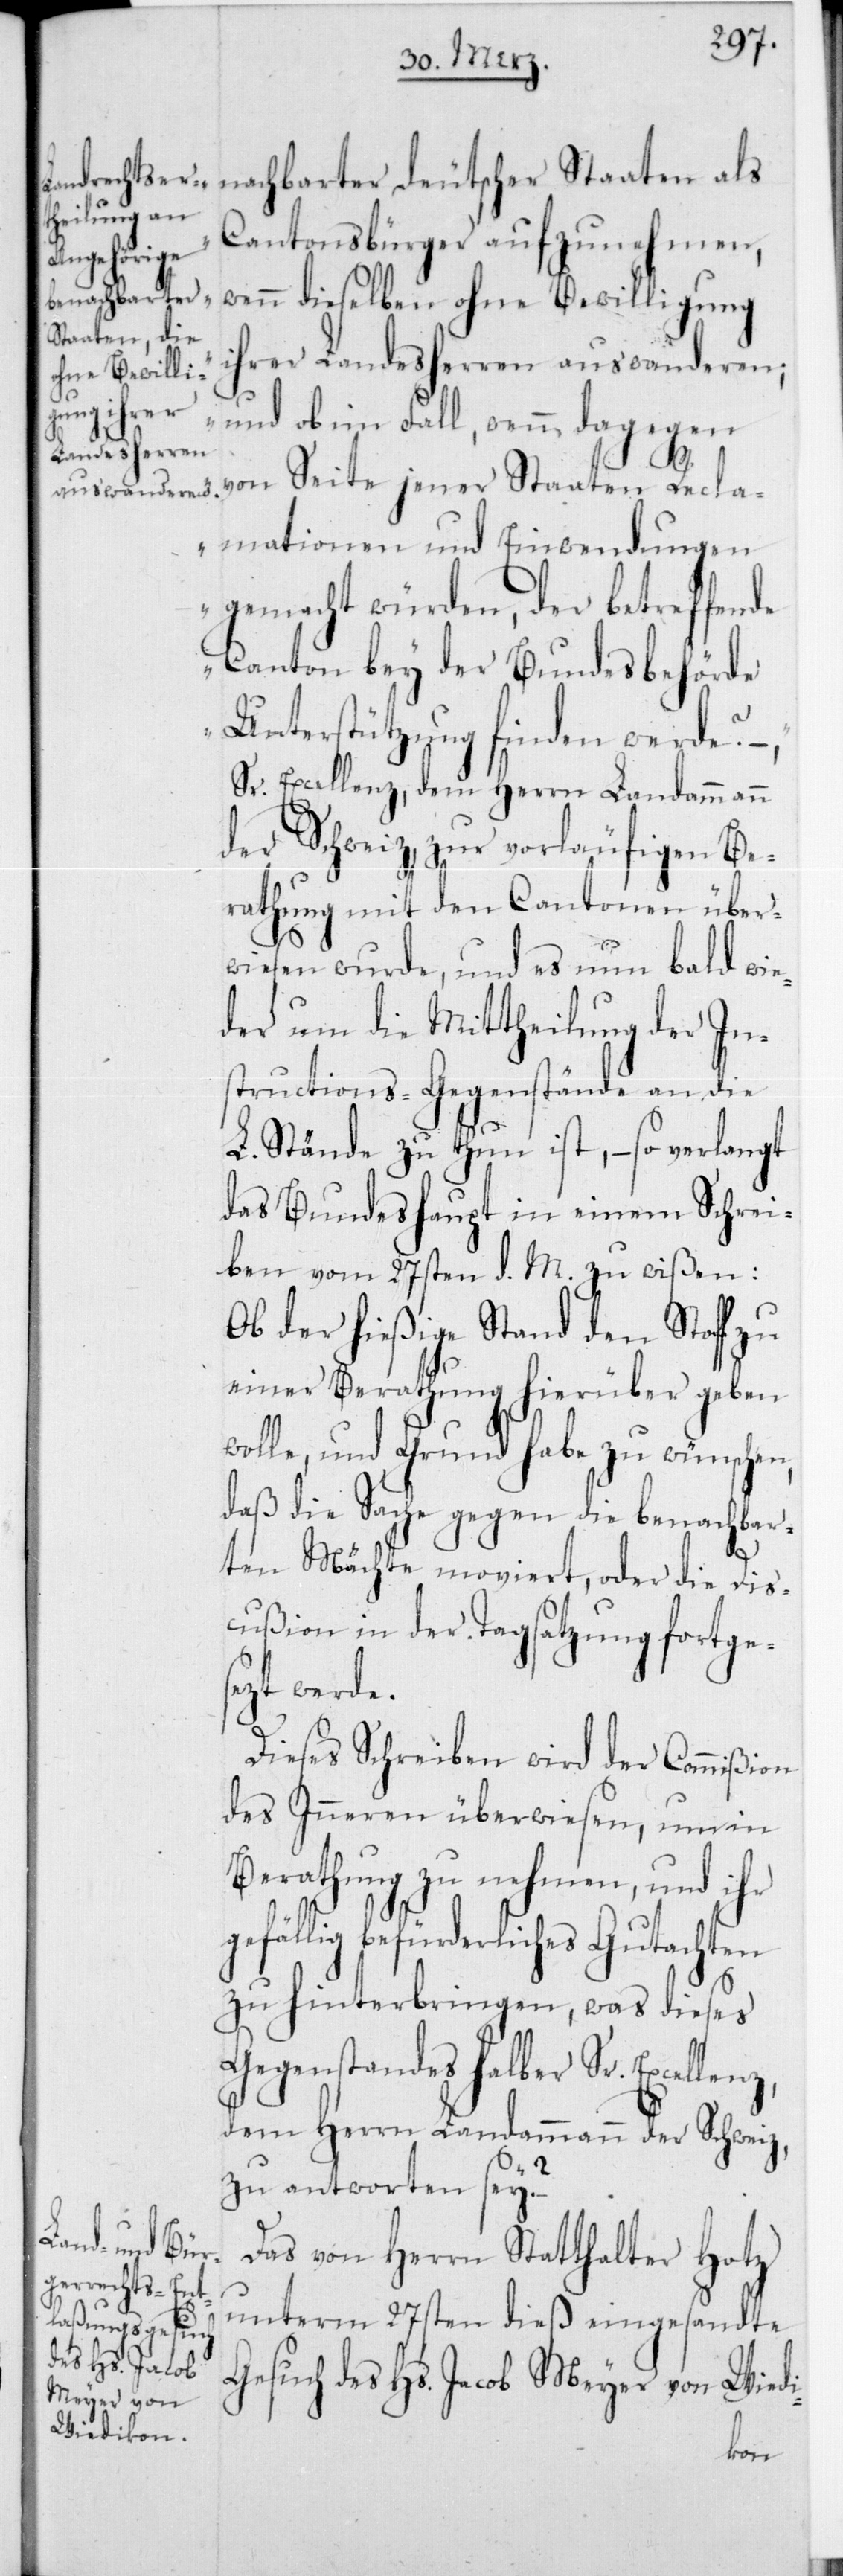
nachbarter deutscher Staaten als
Cantonsbürger aufzunehmen,
wenn dieselben ohne Bewilligung
ihrer Landesherren auswanderen;
und ob im Fall, wenn dagegen
von Seite jener Staaten Recla¬
mationen und Einwendungen
gemacht würden, der betreffende
Canton bey der Bundesbehörde
Unterstützung finden werde?“ –
Sr. Excellenz, dem Herrn Landammann
der Schweiz, zur vorläufigen Be¬
rathung mit den Cantonen über¬
wiesen wurde, und es nun bald wie¬
der um die Mittheilung der In¬
structions-Gegenstände an die
L. Stände zu thun ist, – so verlangt
das Bundeshaupt in einem Schrei¬
ben vom 27sten d. M. zu wißen:
Ob der hießige Stand den Stoff zu
einer Berathung hierüber geben
wolle, und Grund habe zu wünschen,
daß die Sache gegen die benachbar¬
ten Mächte moviert, oder die Dis¬
cußion in der Tagsatzung fortge¬
sezt werde.
Dieses Schreiben wird der Commißion
des Innern überwiesen, um in
Berathung zu nehmen, und ihr
gefällig befürderliches Gutachten
zu hinterbringen, was dieses
Gegenstandes halber Sr. Excellenz,
dem Herrn Landammann der Schweiz,
zu antworten sey?
Das von Herrn Statthalter Hotz
unterm 27sten dieß eingesandte
Gesuch des Hs. Jacob Meyer von Wiedi-